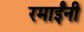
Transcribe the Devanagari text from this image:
रमाईंनी